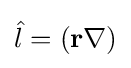
{\hat {l}}=(\mathbf {r} \mathbf {\nabla } )